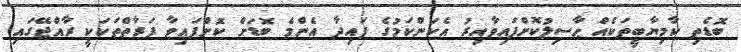
ބޮޑެތި ކާމިޔާބީތަކެއް ޙާސިލުކޮށްފައިވާއިރު އެކަންކަމުގެ ފައިދާ އެންމެ ބޮޑަށް ކޮށްފައިވާ ފަރާތްތަކަކީ ރާއްޖޭގައި